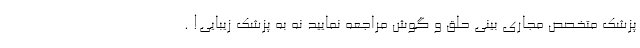
پزشک متخصص مجاری بینی حلق و گوش مراجعه نمایید نه به پزشک زیبایی! .